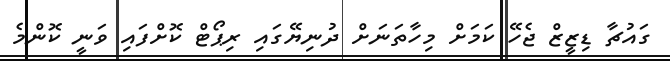
ގައުޗާ ޑިޒީޒް ޖެހޭ ކަމަށް މިހާތަނަށް ދުނިޔޭގައި ރިޕޯޓް ކޮށްފައި ވަނީ ކޮންމެ